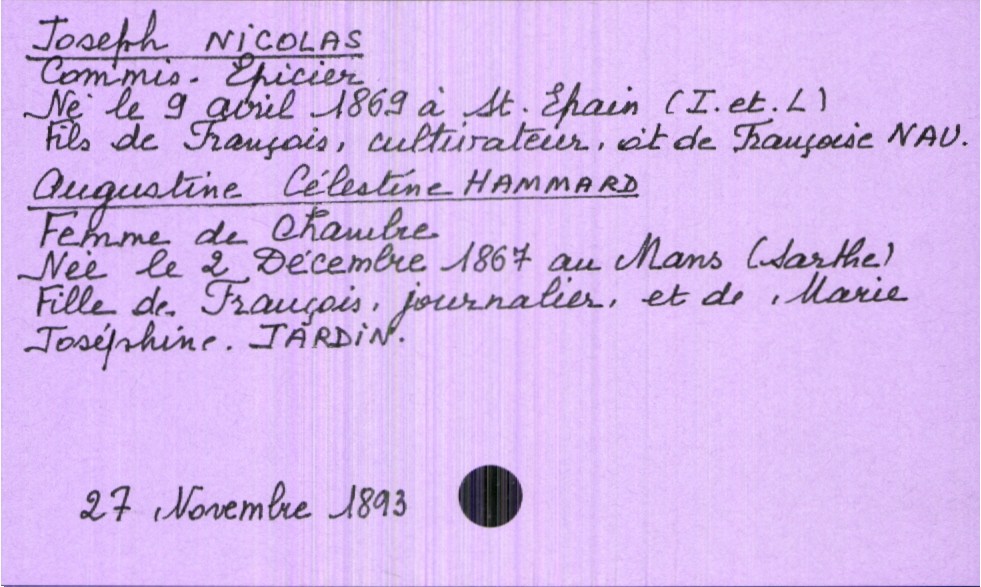
type_acte: Mariage
année: 1893
mois: novembre
jour: 27
marié_nom: Nicolas
marié_prénom: Joseph
marié_profession: commis-épicier
marié_date_de_naissance: 9 avril 1869
marié_lieu_de_naissance: Saint-Epain (Indre-et-Loire)
père_marié_nom: Nicolas
père_marié_prénom: Français
père_marié_profession: cultivateur
mère_marié_nom: Nau
mère_marié_prénom: Françoise
mariée_nom: Hammard
mariée_prénom: Augustine Célestine
mariée_profession: femme de chambre
mariée_date_de_naissance: 2 décembre 1867
mariée_lieu_de_naissance: Le Mans (Sarthe)
père_mariée_nom: Hammard
père_mariée_prénom: François
père_mariée_profession: journalier
mère_mariée_nom: Jardin
mère_mariée_prénom: Marie Joséphine